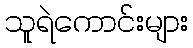
သူရဲကောင်းများ